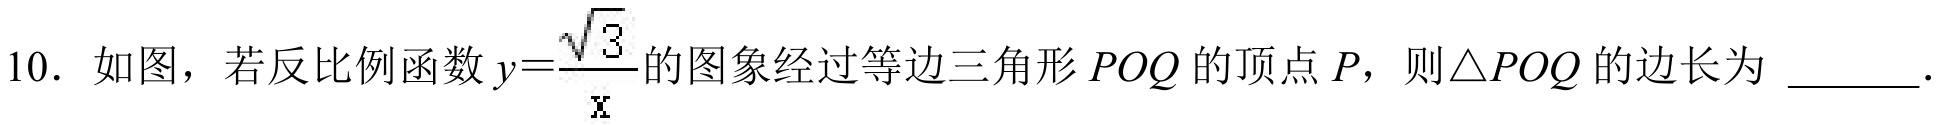
10. 如图，若反比例函数$y = \frac{\sqrt{3}}{\mathrm{x}}$的图象经过等边三角形$POQ$的顶点$P$，则$\triangle POQ$的边长为  ．